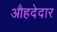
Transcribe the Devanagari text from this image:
औहदेदार